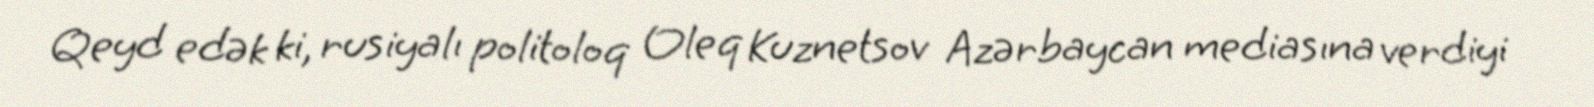
Qeyd edək ki, rusiyalı politoloq Oleq Kuznetsov Azərbaycan mediasına verdiyi